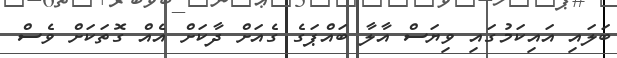
ބަލައި އައިކަމުގައި ވިޔަސް އާލާ ބައްޕަގެ ގެއަށް ދާކަށް އެއް ގޮތަކަށް ވެސް